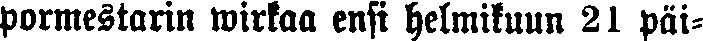
pormestarin wirkaa ensi helmikuun 21 päi-